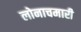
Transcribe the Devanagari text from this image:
लोनाचमारी